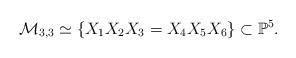
LaTeX: \begin{align*}\mathcal{M}_{3,3}\simeq\left\{ X_{1}X_{2}X_{3}=X_{4}X_{5}X_{6}\right\} \subset\mathbb{P}^{5}.\end{align*}